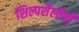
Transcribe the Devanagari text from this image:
शिल्पशैलीची